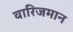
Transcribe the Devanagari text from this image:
वारिजमान